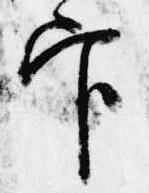
官